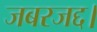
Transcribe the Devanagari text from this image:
जबरजद्द।